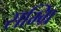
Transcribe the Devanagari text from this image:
सम्ग्रि